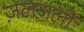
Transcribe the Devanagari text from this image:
ज़लज़लों